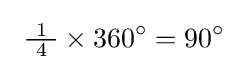
\ {\tfrac {\ 1\ }{4}}\times 360^{\circ }=90^{\circ }\